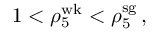
1 < \rho _ { 5 } ^ { \mathrm { w k } } < \rho _ { 5 } ^ { \mathrm { s g } } \, ,